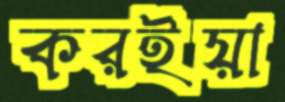
করইয়া